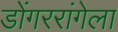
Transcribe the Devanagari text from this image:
डोंगररांगेला